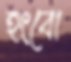
হংবো